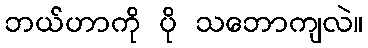
ဘယ်ဟာကို ပို သဘောကျလဲ။